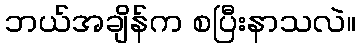
ဘယ်အချိန်က စပြီးနာသလဲ။